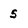
Character: 5